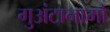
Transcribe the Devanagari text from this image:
गुअंटानामो